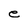
Character: e